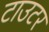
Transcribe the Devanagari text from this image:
टाउटर